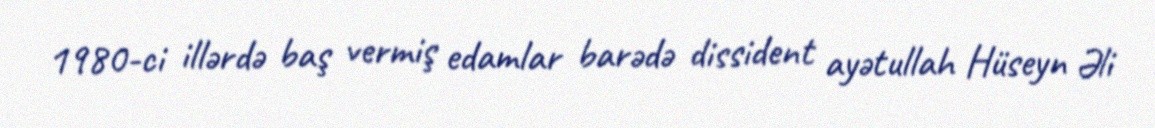
1980-ci illərdə baş vermiş edamlar barədə dissident ayətullah Hüseyn Əli